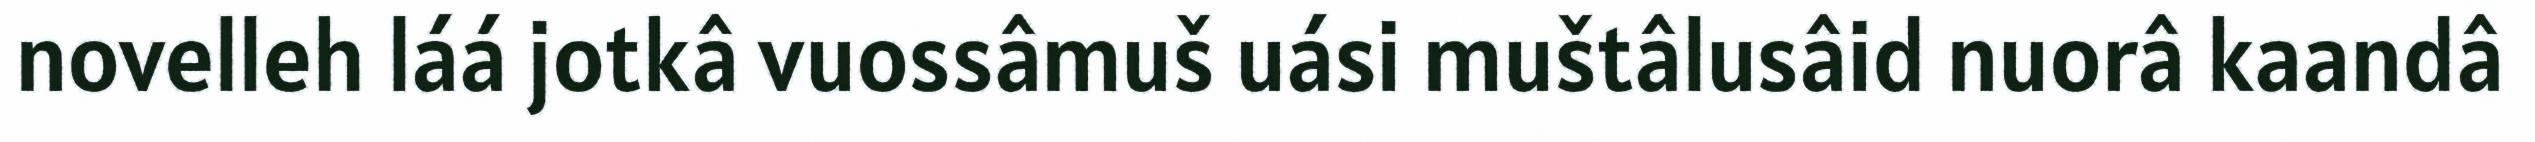
novelleh láá jotkâ vuossâmuš uási muštâlusâid nuorâ kaandâ